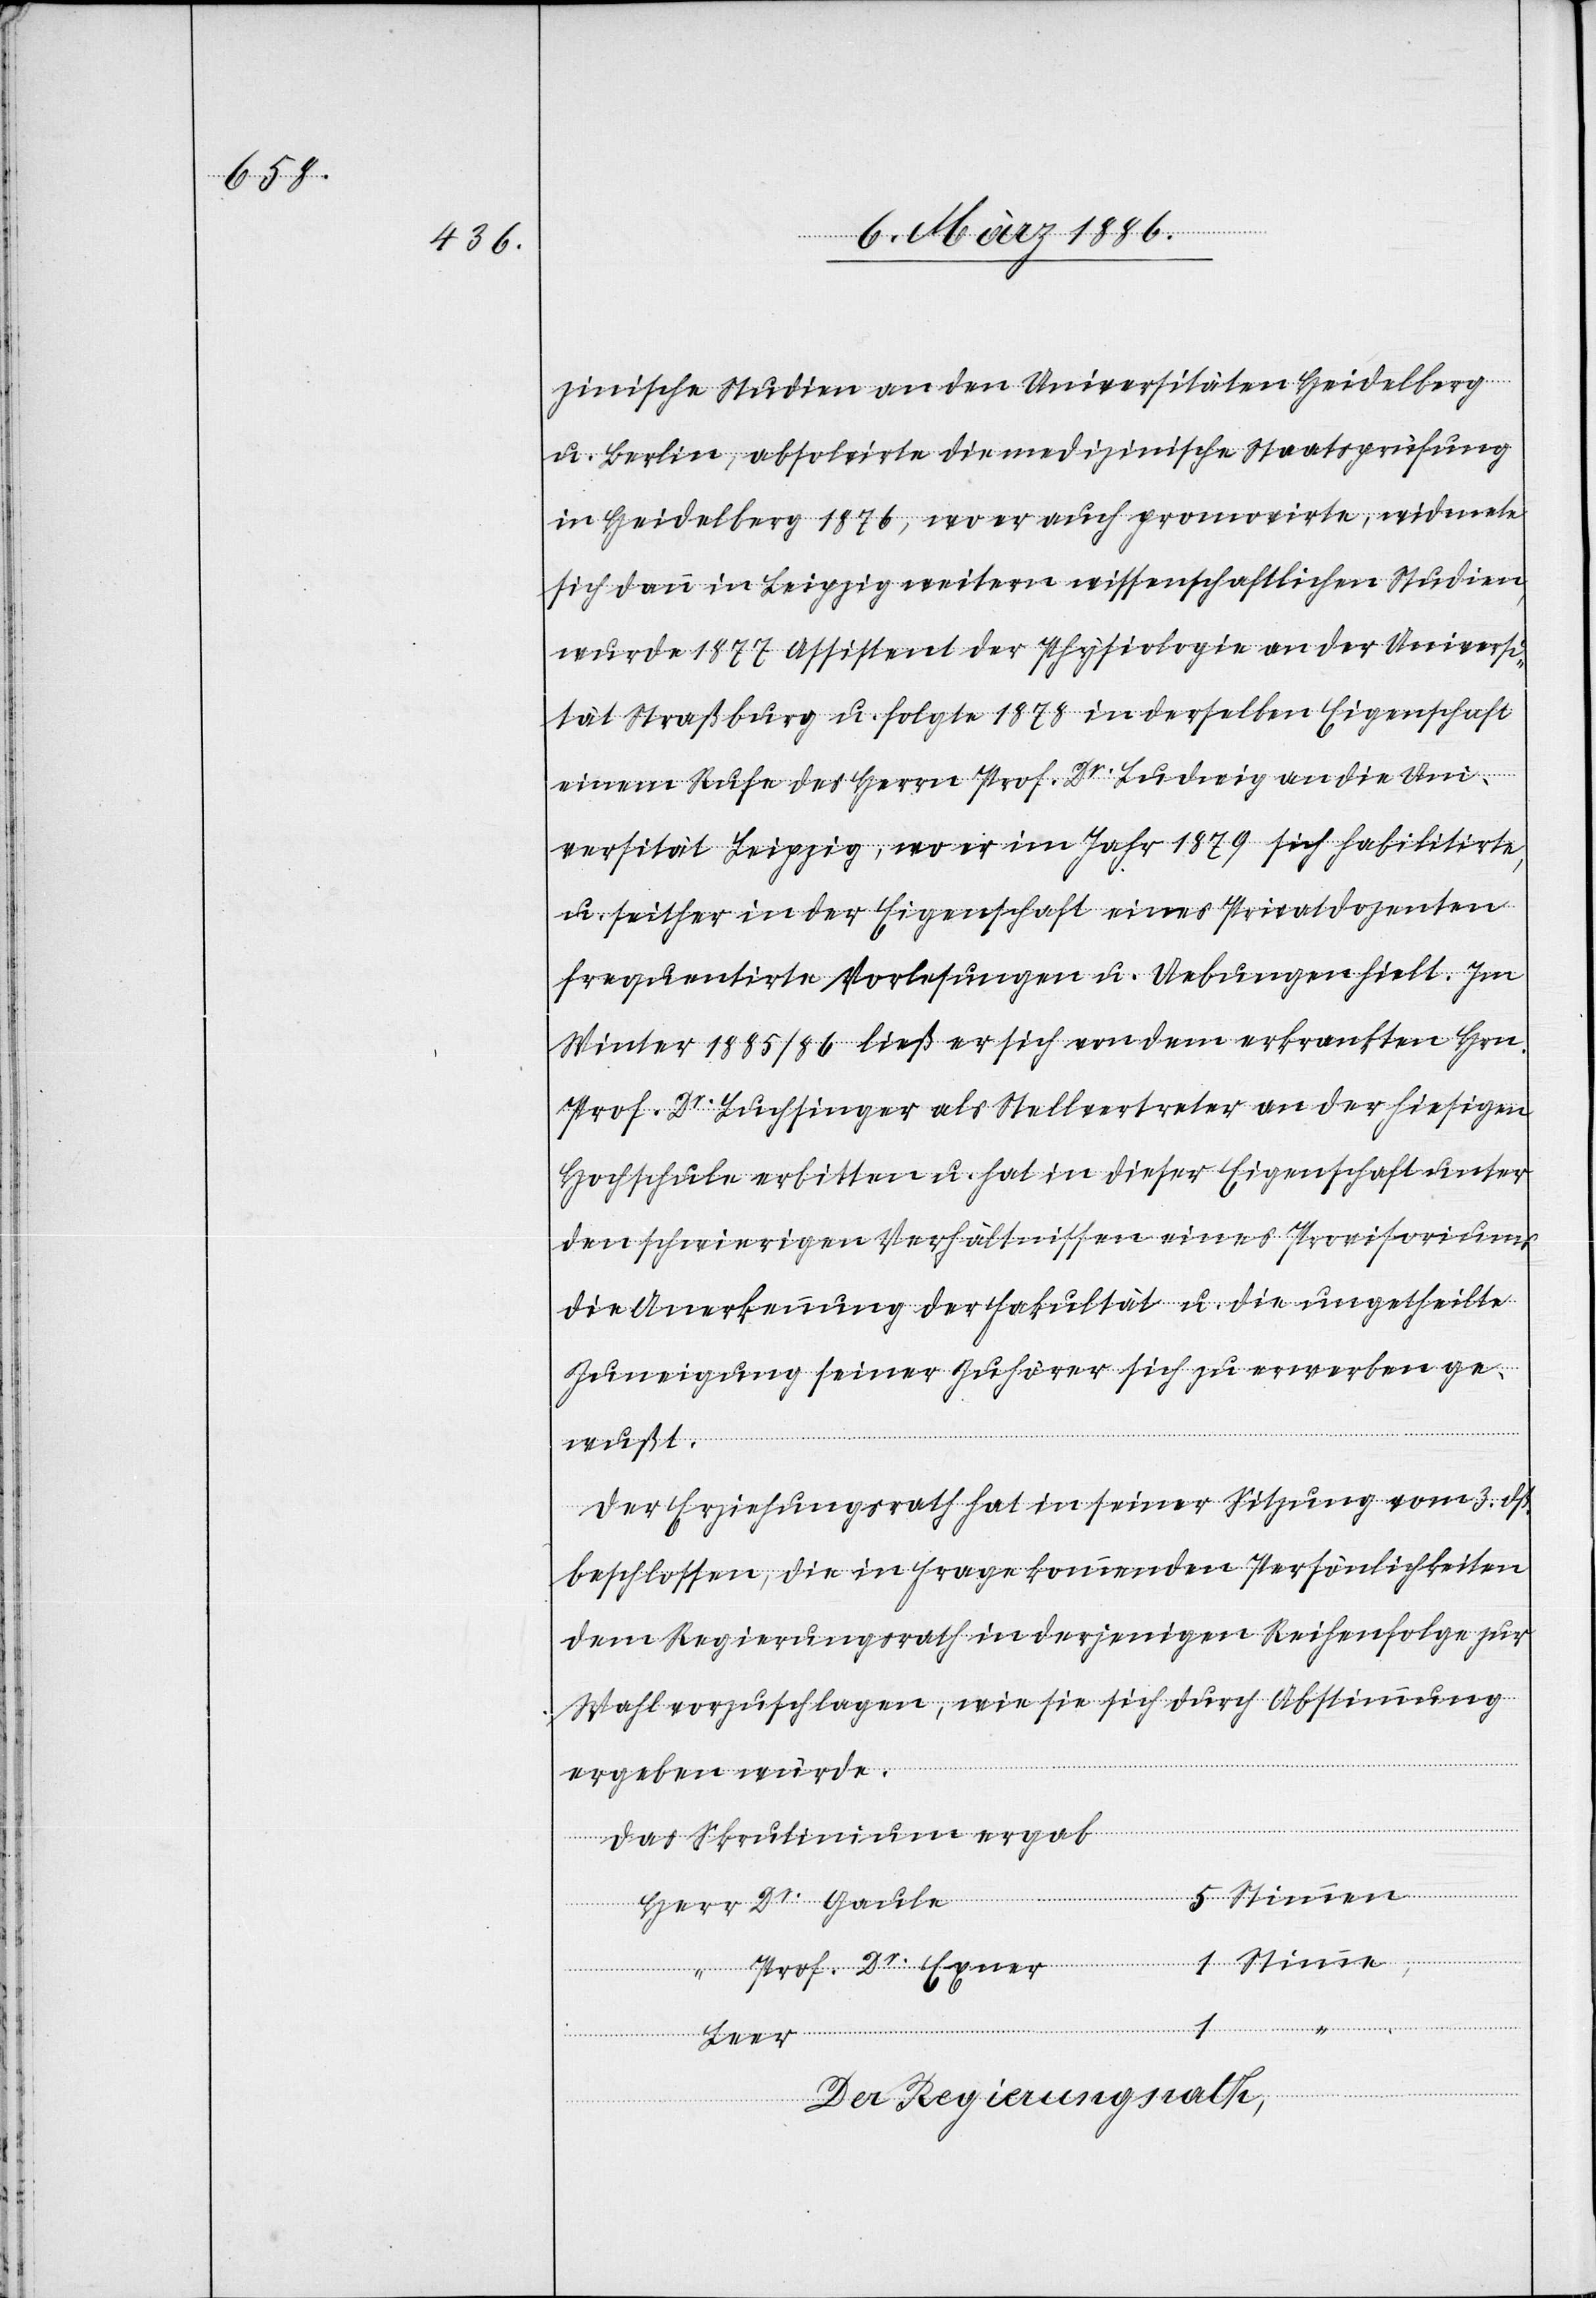
zinische Studien an den Universitäten Heidelberg
u. Berlin, absolvirte die medizinische Staatsprüfung
in Heidelberg 1876, wo er auch promovirte, widmete
sich dann in Leipzig weitern wissenschaftlichen Studien,
wurde 1877 Assistent der Physiologie an der Universi¬
tät Straßburg u. folgte 1878 in derselben Eigenschaft
einem Rufe des Herrn Prof. Dr. Ludwig an die Uni¬
versität Leipzig, wo er im Jahr 1879 sich habilitirte,
u. seither in der Eigenschaft eines Privatdozent
frequentirte Vorlesungen u. Uebungen hielt. Im
Winter 1885/86 ließ er sich von dem erkrankten Hrn.
Prof. Dr. Buchinger als Stellvertreter an der hiesigen
Hochschule erbitten u. hat in dieser Eigenschaft unter
den schwierigen Verhältnissen eines Provisoriums
die Anerkennung der Fakultät u. die ungeteilte
Zuneigung seiner Zuhörer sich zu erwerben ge¬
wußt.
Der Erziehungsrath hat in seiner Sitzung vom 3. dß.
beschlossen, die in Frage kommenden Persönlichkeiten
dem Regierungsrath in derjenigen Reihenfolge zur
Wahl vorzuschlagen, wie sie sich durch Abstimmung
ergeben würde.
Das Skrutinium ergab
“
Leer
Der Regierungsrath,